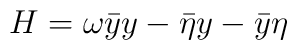
H = \omega \bar{y} y - \bar{\eta}y - \bar{y} \eta